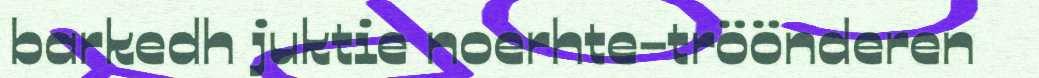
barkedh juktie noerhte-tröönderen